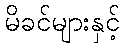
မိခင်များနှင့်